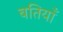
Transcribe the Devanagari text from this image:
बतियाँ